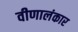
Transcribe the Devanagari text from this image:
वीणालंकार